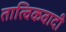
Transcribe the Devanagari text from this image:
तात्विकवादी